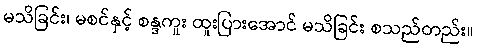
မသိခြင်း၊ မစင်နှင့် စန္ဒကူး ထူးပြားအောင် မသိခြင်း စသည်တည်း။